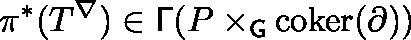
\pi ^ { * } ( T ^ { \nabla } ) \in \mathsf { \Gamma } ( P \times _ { \mathsf { G } } { \mathrm { c o k e r } } ( \partial ) )